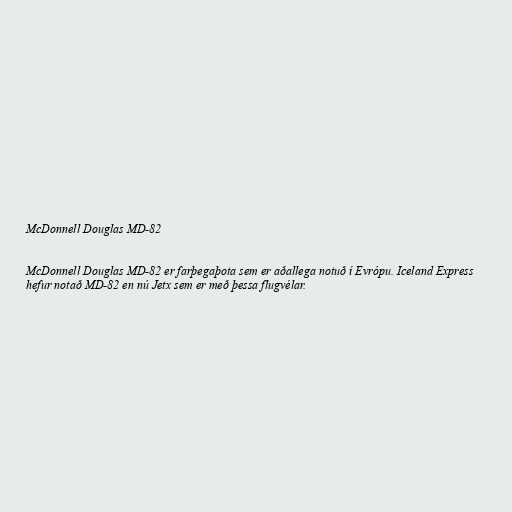
McDonnell Douglas MD-82

McDonnell Douglas MD-82 er farþegaþota sem er aðallega notuð í Evrópu. Iceland Express
hefur notað MD-82 en nú Jetx sem er með þessa flugvélar.